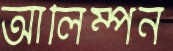
আলিম্পন